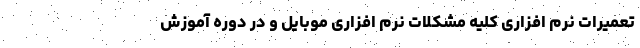
تعمیرات نرم افزاری کلیه مشکلات نرم افزاری موبایل و در دوره آموزش